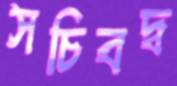
সচিবদ্ব